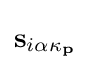
\mathbf {s} _{i\alpha \mathbf {\kappa _{p}} }